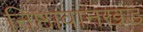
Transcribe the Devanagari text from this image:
निष्ठावानखंडं